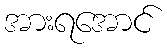
အားရအောင်